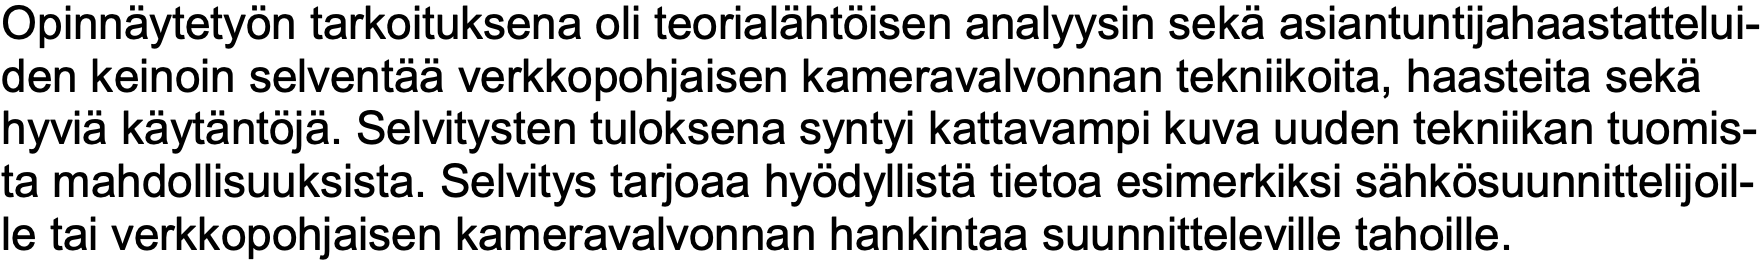
Opinnäytetyön tarkoituksena oli teorialähtöisen analyysin sekä asiantuntijahaastattelui- den keinoin selventää verkkopohjaisen kameravalvonnan tekniikoita, haasteita sekä hyviä käytäntöjä. Selvitysten tuloksena syntyi kattavampi kuva uuden tekniikan tuomis- ta mahdollisuuksista. Selvitys tarjoaa hyödyllistä tietoa esimerkiksi sähkösuunnittelijoil- le tai verkkopohjaisen kameravalvonnan hankintaa suunnitteleville tahoille.